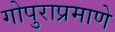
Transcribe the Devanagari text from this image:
गोपुराप्रमाणे